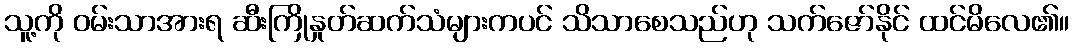
သူ့ကို ဝမ်းသာအားရ ဆီးကြိုနှုတ်ဆက်သံများကပင် သိသာစေသည်ဟု သက်ဇော်နိုင် ထင်မိလေ၏။